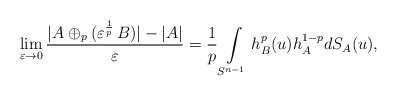
\begin{align*} \lim\limits_{\varepsilon \to 0}\frac{|A\oplus_p(\varepsilon^{\frac{1}{p}} \, B)|- |A|}{\varepsilon}= \frac{1}{p} \int\limits_{S^{n-1}} h^p_B(u)h_A^{1-p} dS_A(u),\end{align*}